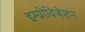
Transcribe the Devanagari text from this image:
इम्प्रोविजेशन